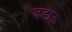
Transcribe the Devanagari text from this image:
जडा़ऊ